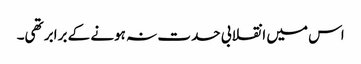
اس میں انقلابی حدت نہ ہونے کے برابر تھی۔